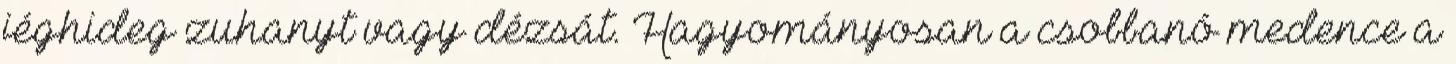
jéghideg zuhanyt vagy dézsát. Hagyományosan a csobbanó medence a